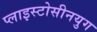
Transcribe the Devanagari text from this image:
प्लाइस्टोसीनयुग